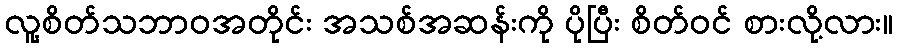
လူ့စိတ်သဘာဝအတိုင်း အသစ်အဆန်းကို ပိုပြီး စိတ်ဝင် စားလို့လား။